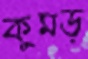
কুমড়